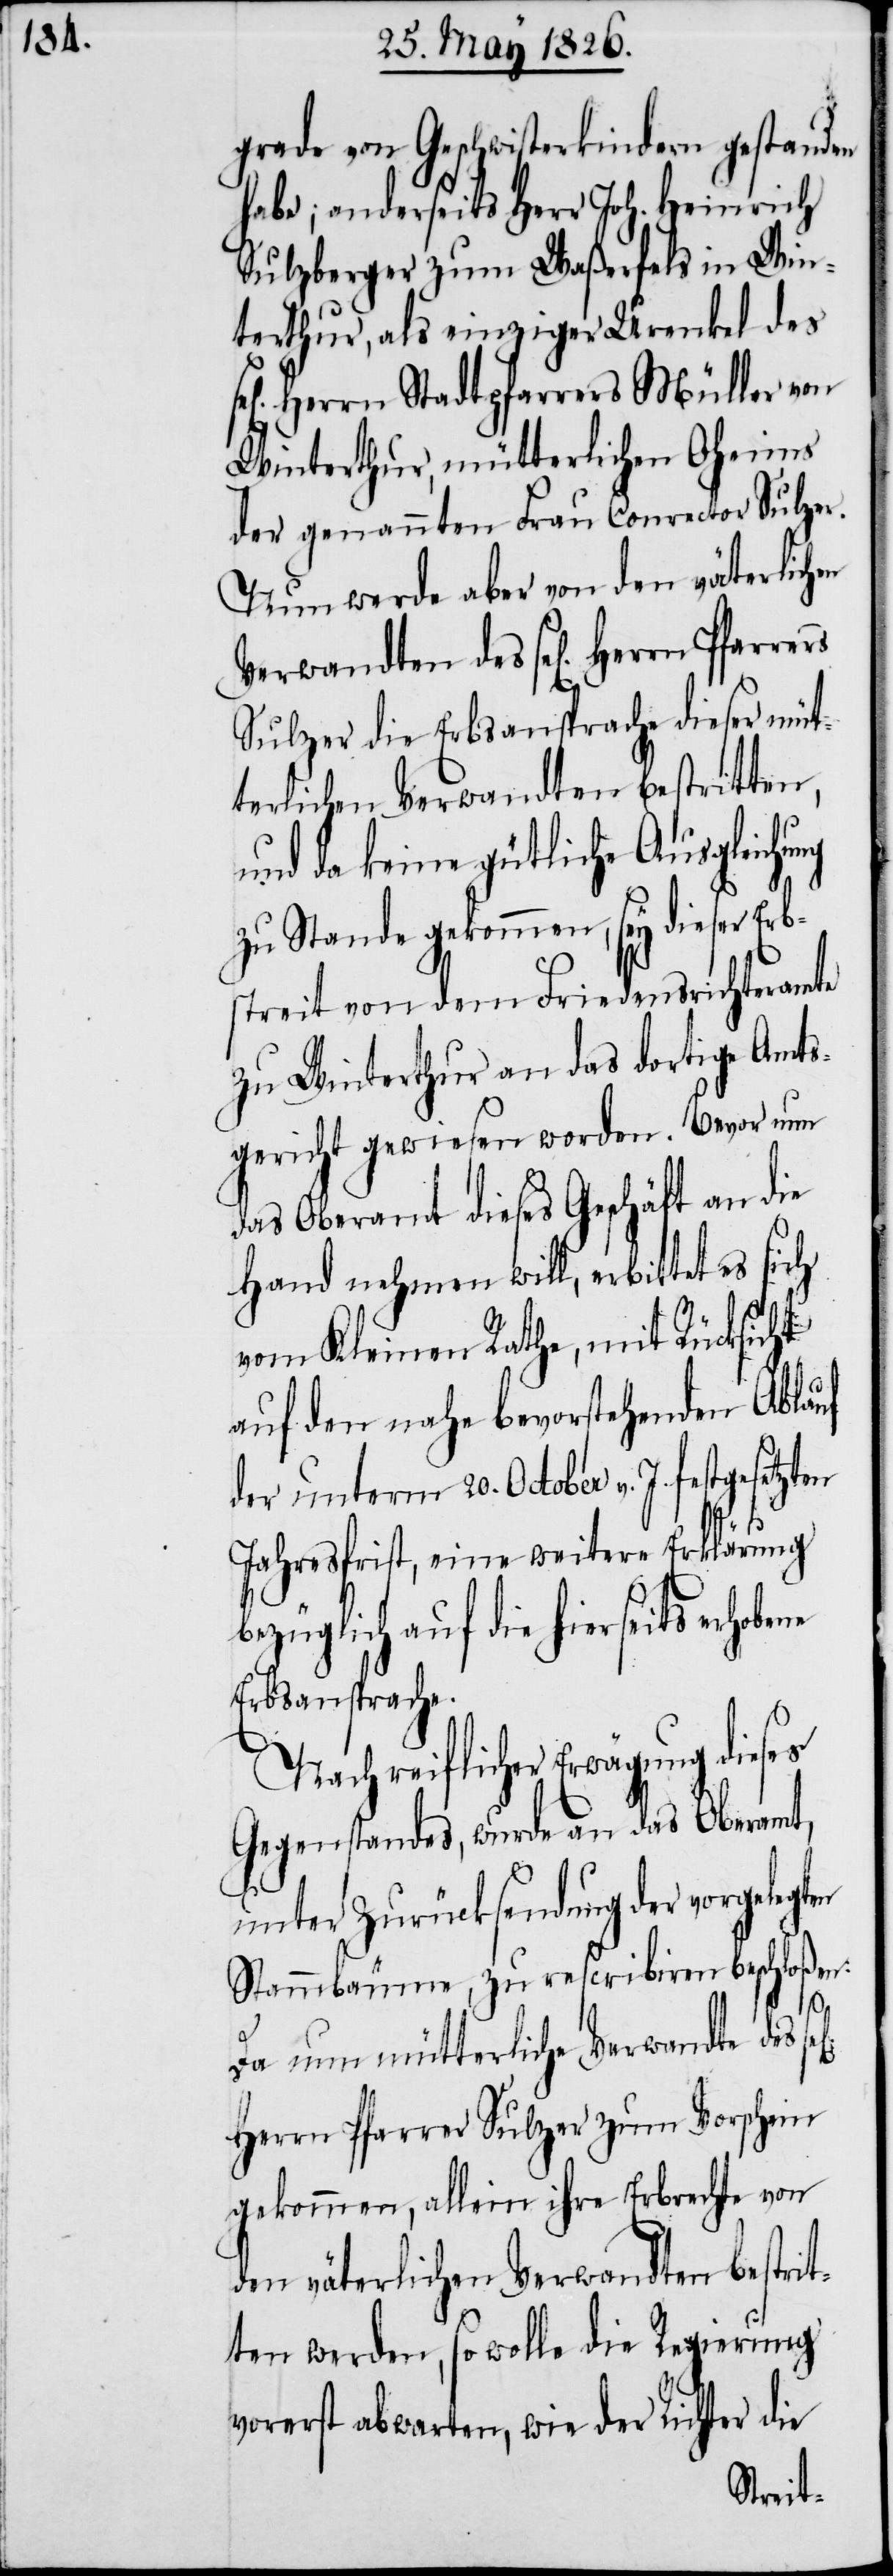
grade von Geschwisterkindern gestanden
habe; anderseits Herr Joh. Heinrich
Sulzberger zum Waßerfels in Win¬
terthur, als einziger Urenkel des
Herrn Stadtpfarrers Müller von
Winterthur, mütterlichen Oheims
der genannten Frau Conrector Sulzer.
Nun werde aber von den väterlichen
Verwandten des sel[igen] Herrn
Sulzer die Erbsansprache dieser müt¬
terlichen Verwandten bestritten,
und da keine gütliche Ausgleichu¬
zu Stande gekommen, sey dieser Erb¬
streit von dem Friedensrichteramte
zu Winterthur an das dortige Amts¬
gericht gewiesen worden. Bevor nun
das Oberamt dieses Geschäft an die
Hand nehmen will, erbittet es sich
vom Kleinen Rathe, mit Rücksicht
auf den nahe bevorstehenden Ablauf
der unterm 20. October v. J. festgesetzten
Jahresfrist, eine weitere Erklärung
bezüglich auf die hierseits erhobene
Erbsansprache.
Nach reiflicher Erwägung dieses
Gegenstandes, wurde an das Oberamt,
unter Zurücksendung der vorgelegt¬
Stammbäume, zu rescribiren beschloßen:
en
Da nun mütterliche Verwandte des
Herrn Pfarrer Sulzer zum Vorschein
gekommen, allein ihre Erbrechte von
den väterlichen Verwandten bestrit¬
ten werden, so wolle die Regierung
vorerst abwarten, wie der Richter die